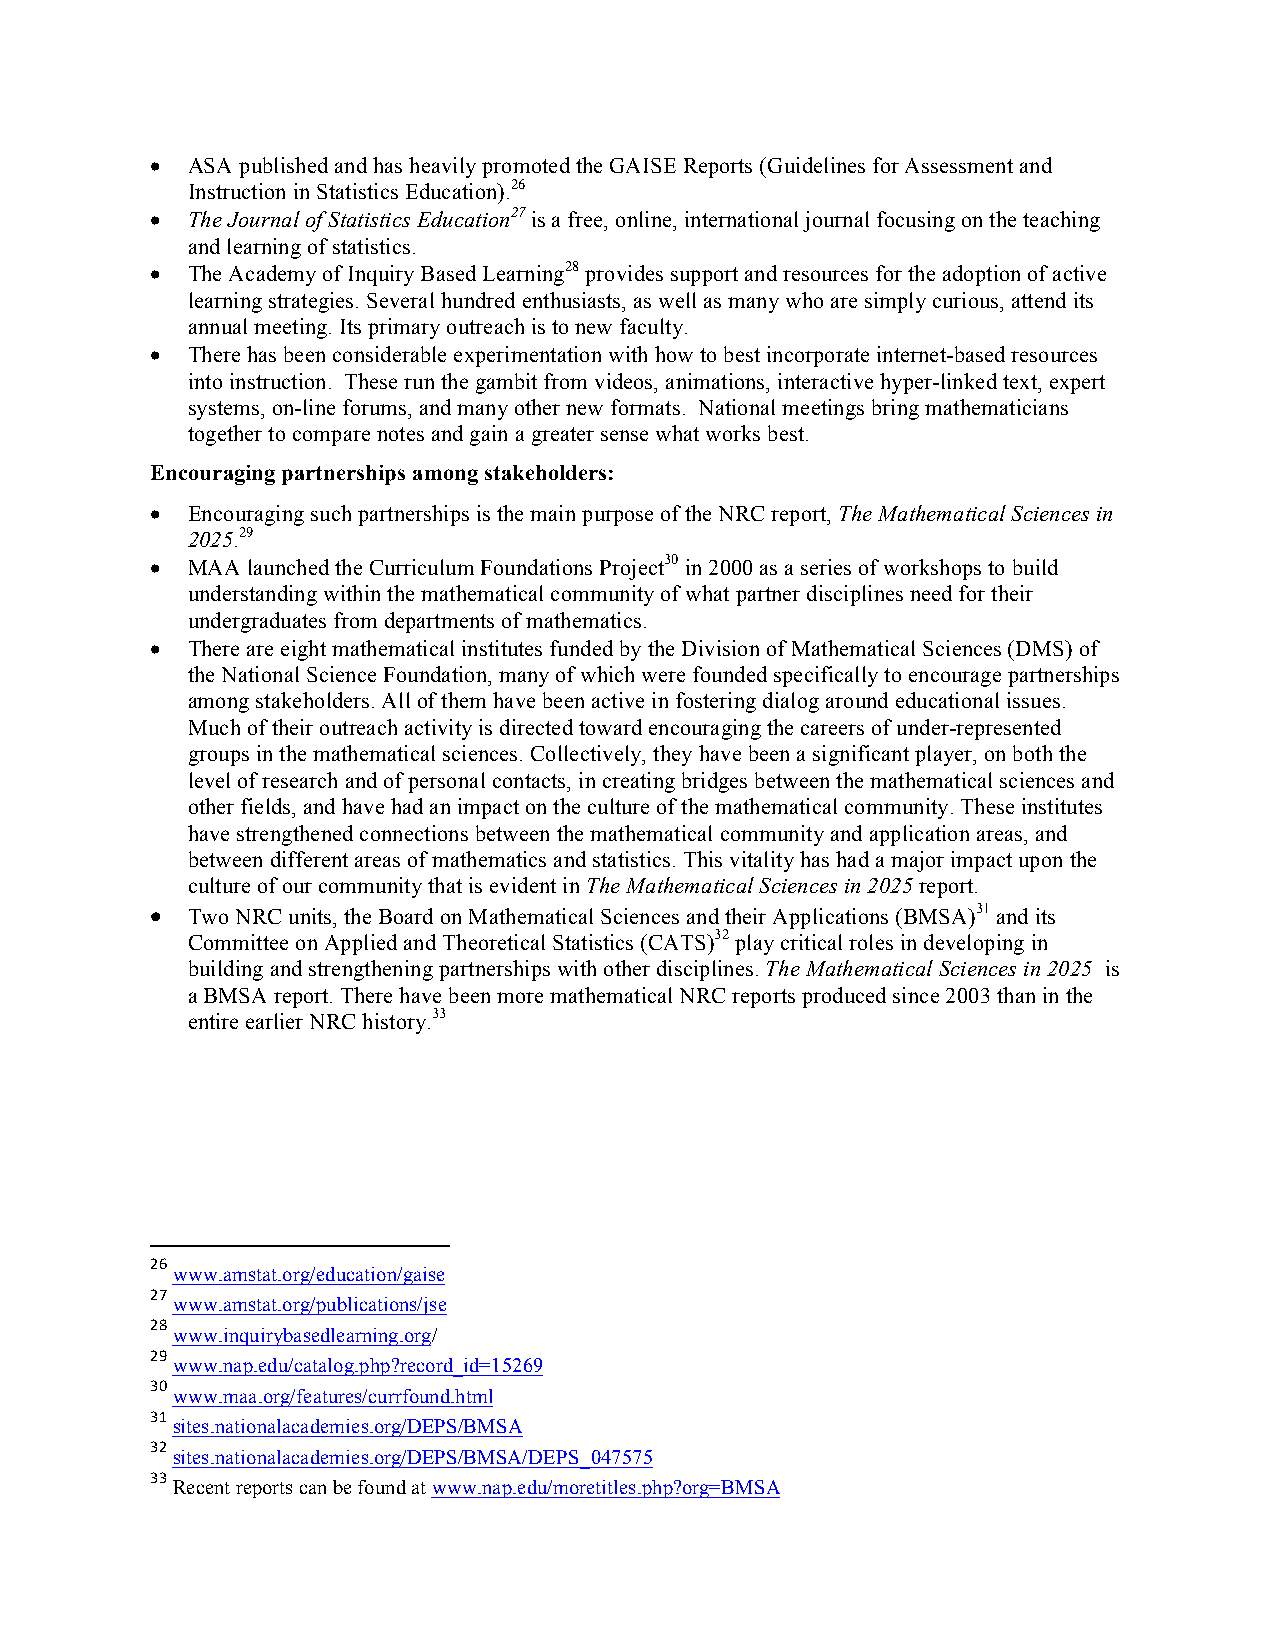
• ASA published and has heavily promoted the GAISE Reports (Guidelines for Assessment and
 Instruction in Statistics Education).26
 • The Journal of Statistics Education27 is a free, online, international journal focusing on the teaching
 and learning of statistics.
 • The Academy of Inquiry Based Learning28 provides support and resources for the adoption of active
 learning strategies. Several hundred enthusiasts, as well as many who are simply curious, attend its
 annual meeting. Its primary outreach is to new faculty.
 • There has been considerable experimentation with how to best incorporate internet-based resources
 into instruction. These run the gambit from videos, animations, interactive hyper-linked text, expert
 systems, on-line forums, and many other new formats. National meetings bring mathematicians
 together to compare notes and gain a greater sense what works best.
 Encouraging partnerships among stakeholders:
 • Encouraging such partnerships is the main purpose of the NRC report, The Mathematical Sciences in
 2025.29
 • MAA launched the Curriculum Foundations Project30 in 2000 as a series of workshops to build
 understanding within the mathematical community of what partner disciplines need for their
 undergraduates from departments of mathematics.
 • There are eight mathematical institutes funded by the Division of Mathematical Sciences (DMS) of
 the National Science Foundation, many of which were founded specifically to encourage partnerships
 among stakeholders. All of them have been active in fostering dialog around educational issues.
 Much of their outreach activity is directed toward encouraging the careers of under-represented
 groups in the mathematical sciences. Collectively, they have been a significant player, on both the
 level of research and of personal contacts, in creating bridges between the mathematical sciences and
 other fields, and have had an impact on the culture of the mathematical community. These institutes
 have strengthened connections between the mathematical community and application areas, and
 between different areas of mathematics and statistics. This vitality has had a major impact upon the
 culture of our community that is evident in The Mathematical Sciences in 2025 report.
 • Two NRC units, the Board on Mathematical Sciences and their Applications (BMSA)31 and its
 Committee on Applied and Theoretical Statistics (CATS)32 play critical roles in developing in
 building and strengthening partnerships with other disciplines. The Mathematical Sciences in 2025 is
 a BMSA report. There have been more mathematical NRC reports produced since 2003 than in the
 entire earlier NRC history.33
 26
 www.amstat.org/education/gaise
 27
 www.amstat.org/publications/jse
 28
 www.inquirybasedlearning.org/
 29
 www.nap.edu/catalog.php?record_id=15269
 30
 www.maa.org/features/currfound.html
 31
 sites.nationalacademies.org/DEPS/BMSA
 32
 sites.nationalacademies.org/DEPS/BMSA/DEPS_047575
 33
 Recent reports can be found at www.nap.edu/moretitles.php?org=BMSA